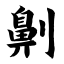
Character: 劓